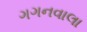
ગગનવાલા